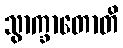
သွာက္ခာတောတိ